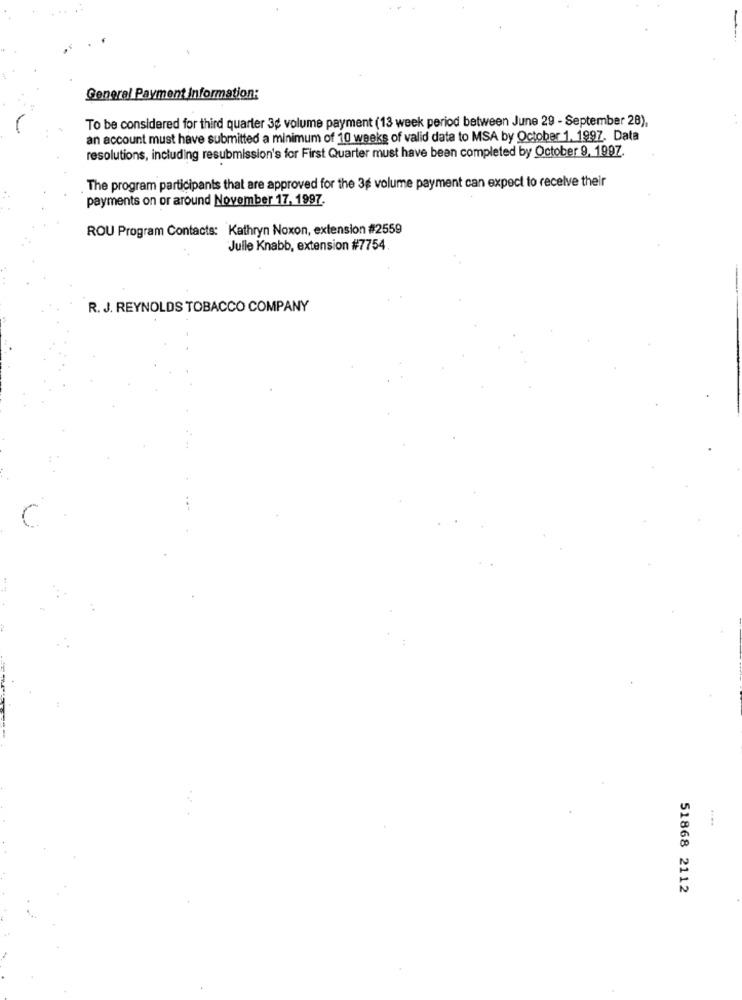
Generel Payment Information:
To be considered for third quarter 3g volume payment (13 week period between June 29 - September 28),
an account must have submitted a minimum of 10 weeks of valid data to MSA by October 1. 1997. Data
resolutions, including resubmission's for First Quarter must have been completed by October 9, 1997.
The program participants that are approved for the 3g volume payment can expect to receive their
payments on or around November 17, 1997.
ROU Program Contacts: Kathryn Noxon, extension #2559
Julle Knabb, extension #7754.
R. J. REYNOLDS TOBACCO COMPANY
51868 2112